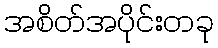
အစိတ်အပိုင်းတခု